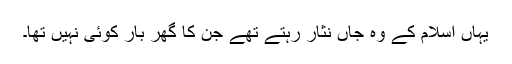
یہاں اسلام کے وہ جاں نثار رہتے تھے جن کا گھر بار کوئی نہیں تھا۔